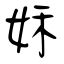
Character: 姀